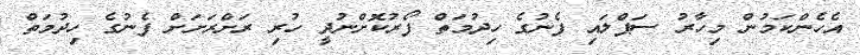
އެހެންކަމުން މިހާރު ސަޕްލައި ފެނުގެ ހިދުމަތް ފޯރުކޮށްނުދީ ހުރި ރަށްރަށަށް ފެނުގެ ހިދުމަތް